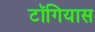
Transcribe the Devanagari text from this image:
टॉगियास